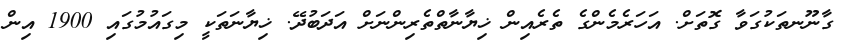
ގާނޫނތަކުގަވާ ގޮތަށް. އަހަރެމެންގެ ތެރެއިން ޚިޔާނާތްތެރިންނަށް އަދަބުދޭ. ޚިޔާނަތަކީ މިގައުމުގައި 1900 އިން